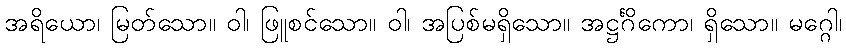
အရိယော၊ မြတ်သော။ ဝါ၊ ဖြူစင်သော။ ဝါ၊ အပြစ်မရှိသော။ အဋ္ဌင်္ဂိကော၊ ရှိသော။ မဂ္ဂေါ၊